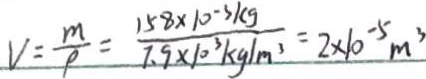
v = \frac { m } { \rho } = \frac { 1 5 8 \times 1 0 ^ { - 3 } k g } { 7 . 9 \times 1 0 ^ { 3 } k g / m ^ { 3 } } = 2 \times 1 0 ^ { - 5 } m ^ { 3 }